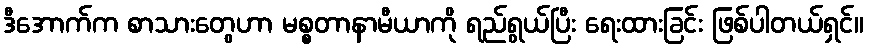
ဒီအောက်က စာသားတွေဟာ မစ္စတာနာမီယာကို ရည်ရွယ်ပြီး ရေးထားခြင်း ဖြစ်ပါတယ်ရှင်။